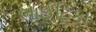
ભાઈટિકા